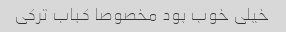
خیلی خوب بود مخصوصا کباب ترکی